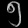
Digit: ၅